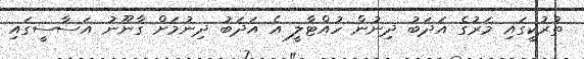
ތުރުކީގައި މަރުގެ އަދަބު ދިނުން ހުއްޓާލީ އެ އަދަބު ދިނުމަށް ގާނޫނު އަސާސީގައި